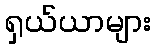
ရှယ်ယာများ